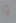
و